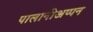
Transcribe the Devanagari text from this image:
पालानीअप्पन